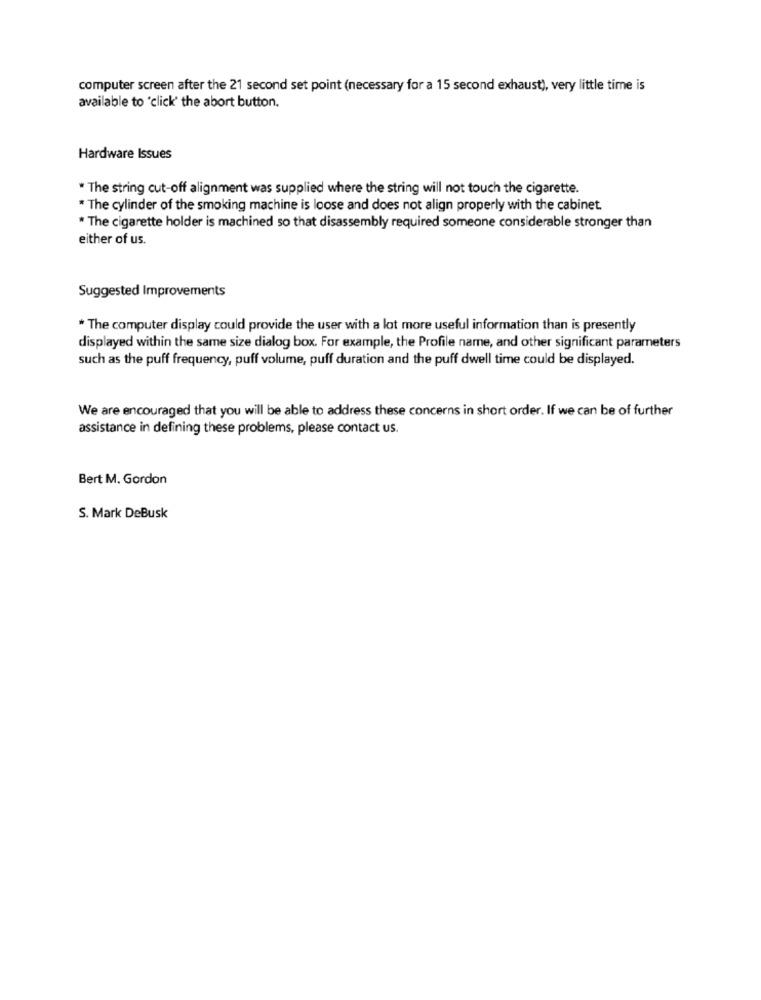
computer screen after the 21 second set point (necessary for a 15 second exhaust), very little time is
available to 'click' the abort button.
Hardware Issues
*The string cut-off alignment was supplied where the string will not touch the cigarette.
* The cylinder of the smoking machine is loose and does not align properly with the cabinet.
* The cigarette holder is machined so that disassembly required someone considerable stronger than
either of us.
Suggested Improvements
* The computer display could provide the user with a lot more useful information than is presently
displayed within the same size dialog box. For example, the Profile name, and other significant parameters
such as the puff frequency, puff volume, puff duration and the puff dwell time could be displayed.
We are encouraged that you will be able to address these concerns in short order. If we can be of further
assistance in defining these problems, please contact us.
Bert M. Gordon
S. Mark DeBusk